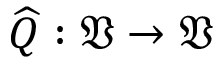
\widehat { Q } : \mathfrak { V } \to \mathfrak { V }